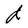
Character: d